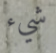
شيء